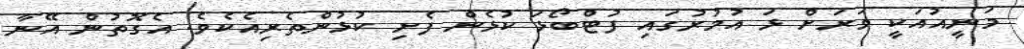
މަނީއުއަކީ ވަރަށް ޅަ އުމުރުގައި ފުޓްބޯޅަ ކުޅެން ފެށި ކުޅުންތެރިއެކެވެ. އެގޮތުން އޭނާ